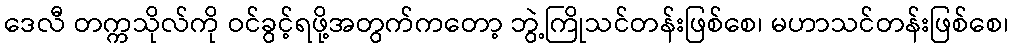
ဒေလီ တက္ကသိုလ်ကို ဝင်ခွင့်ရဖို့အတွက်ကတော့ ဘွဲ့ကြိုသင်တန်းဖြစ်စေ၊ မဟာသင်တန်းဖြစ်စေ၊